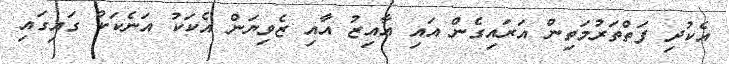
އެކުދި ފަތްތަރުމަތިން އަރައިގެން އައި އާއިޒު އާއި ޒެވިޔަން އެކަކު އަނެކަކު ގައިގައި